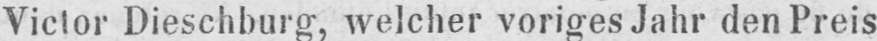
Victor Dieschburg, welcher voriges Jahr den Preis